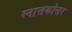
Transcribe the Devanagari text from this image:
स्नात्तकोत्तर